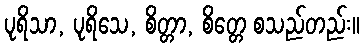
ပုရိသာ, ပုရိသေ, စိတ္တာ, စိတ္တေ စသည်တည်း။